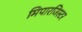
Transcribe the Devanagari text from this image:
मिपारजिस्टर